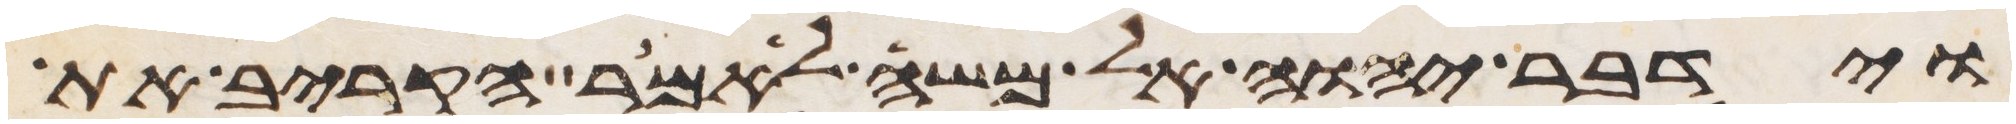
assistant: וידבר יהוה אל משה לאמר הקרב את